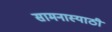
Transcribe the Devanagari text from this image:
सामनास्याठी